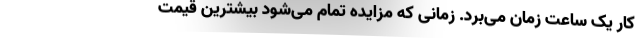
کار یک ساعت زمان می‌برد. زمانی که مزایده تمام می‌شود بیشترین قیمت